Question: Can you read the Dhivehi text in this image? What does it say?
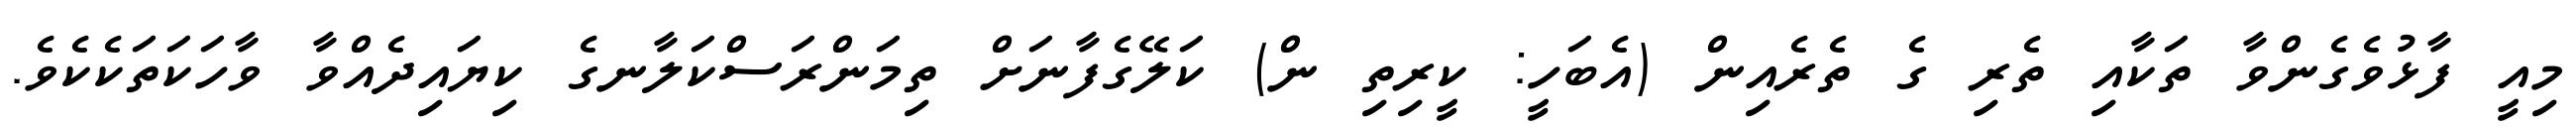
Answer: މިއީ ފާޅުވެގެންވާ ތަކާއި ތެރި ގެ ތެރެއިން (އެބަހީ: ކީރިތި ން) ކަލޭގެފާނަށް ތިމަންރަސްކަލާނގެ ކިޔައިދެއްވާ ވާހަކަތަކެކެވެ.